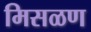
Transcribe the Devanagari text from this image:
मिसळण